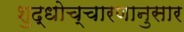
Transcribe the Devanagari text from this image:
शुद्धोच्चारणानुसार